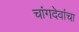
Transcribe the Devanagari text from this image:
चांगदेवांचा